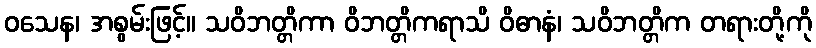
ဝသေန၊ အစွမ်းဖြင့်။ သဝိဘတ္တိကာ ဝိဘတ္တိကရာသိ ဝိဓာနံ၊ သဝိဘတ္တိက တရားတို့ကို